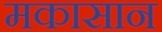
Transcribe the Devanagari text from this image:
मकासान